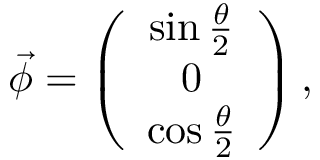
\vec { \phi } = \left( \begin{array} { c } { { \sin \frac { \theta } { 2 } } } \\ { { 0 } } \\ { { \cos \frac { \theta } { 2 } } } \end{array} \right) ,